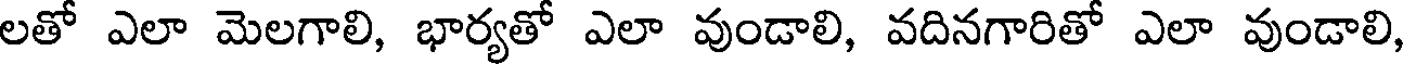
లతో ఎలా మెలగాలి, భార్యతో ఎలా వుండాలి, వదినగారితో ఎలా వుండాలి,